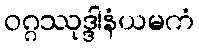
ဝဂ္ဂဿုဒ္ဒါနံယမကံ